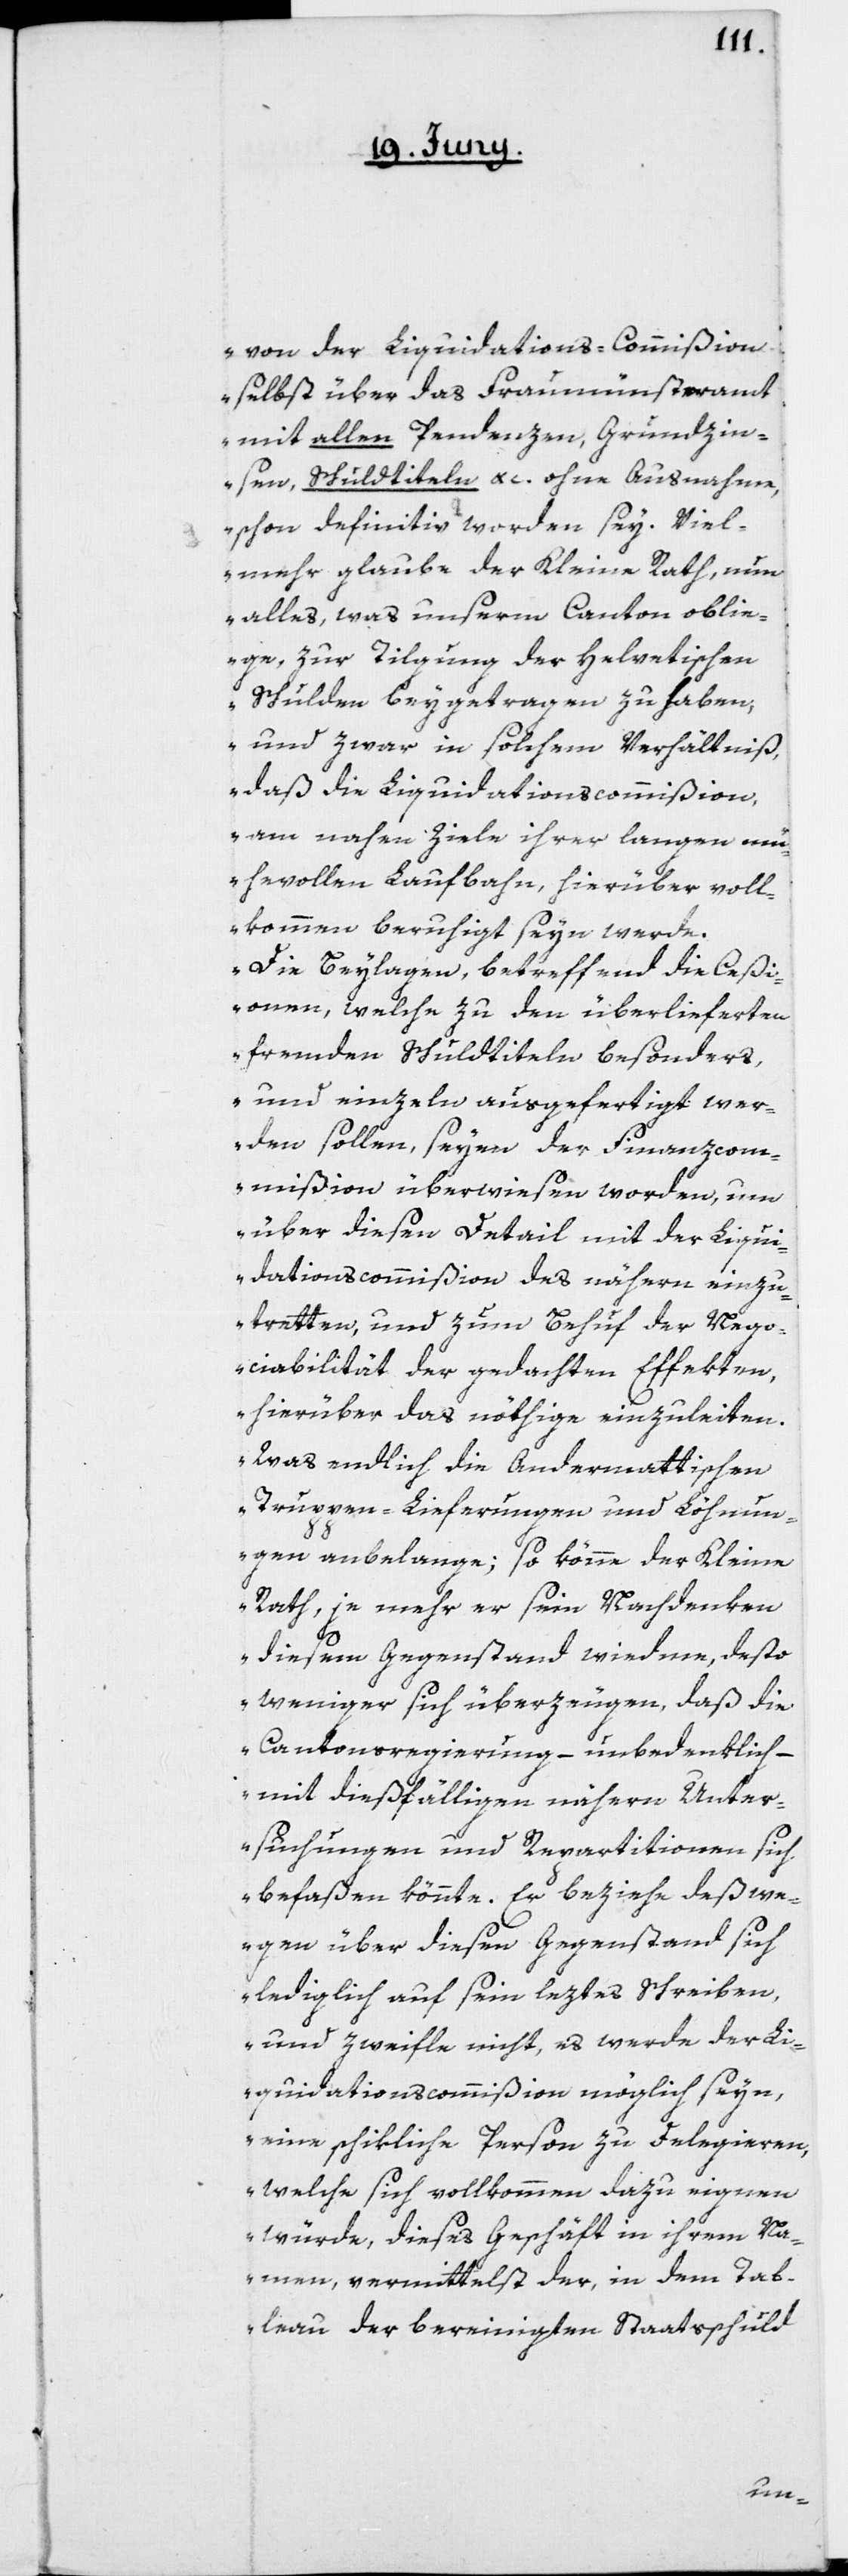
von der Liquidations-Commißion
selbst über das Fraumünsteramt
mit allen Pendenzen, Grundzin¬
sen, Schuldtiteln, &c. ohne Ausnahme,
schon definitiv worden sey. Viel¬
mehr glaube der Kleine Rath, nun
alles, was unserm Canton oblie¬
ge, zur Tilgung der Helvetischen
Schulden beygetragen zu haben,
und zwar in solchem Verhältniß,
daß die Liquidationscommißion
am nahen Ziele ihrer langen m¬
ühevollen Laufbahn, hierüber voll¬
kommen beruhigt seyn werde.
Die Beylagen, betreffend die Ceßi¬
onen, welche zu den überlieferten
fremden Schuldtiteln besonders,
und einzeln ausgefertigt wer¬
den sollen, seyen der Finanzcom¬
mißion überwiesen worden, um
über diesen Detail mit der Liqui¬
dationscommißion des nähern einzu¬
tretten, und zum Behuf der Nego¬
ciabilität der gedachten Effekten,
hierüber das nöthige einzuleiten.
Was endlich die Andermattischen
Truppen-Lieferungen und Löhnun¬
gen anbelange; so könne der Kleine
Rath, je mehr er sein Nachdenken
diesem Gegenstand wiedme, desto
weniger sich überzeugen, daß die
Cantonsregierung – unbedenklich –
mit dießfälligen nähern Unter¬
suchungen und Repartitionen sich
befaßen könnte. Er beziehe deßwe¬
gen über diesen Gegenstand sich
lediglich auf sein leztes Schreiben,
und zweifle nicht, es werde der Li¬
quidationscommißion möglich seyn,
eine schikliche Person zu delegieren,
welche sich vollkommen dazu eignen
würde, dieses Geschäft in ihrem Na¬
men, vermittelst der, in dem Tab¬
leau der bereinigten Staatsschuld